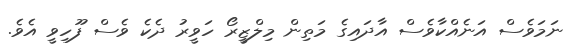
ނަމަވެސް އަނެއްކާވެސް އާދައިގެ މަތިން މިލްޒީރޯ ހަވީރު ދެކެ ވެސް ފޫހިވީ އެވެ.